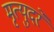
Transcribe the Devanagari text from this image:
मृत्युदरें